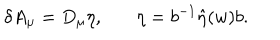
LaTeX: \delta A _ { \mu } = D _ { \mu } \eta , \ \ \ \eta = b ^ { - 1 } \hat { \eta } ( w ) b .